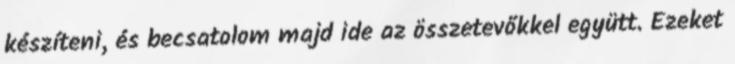
készíteni, és becsatolom majd ide az összetevőkkel együtt. Ezeket